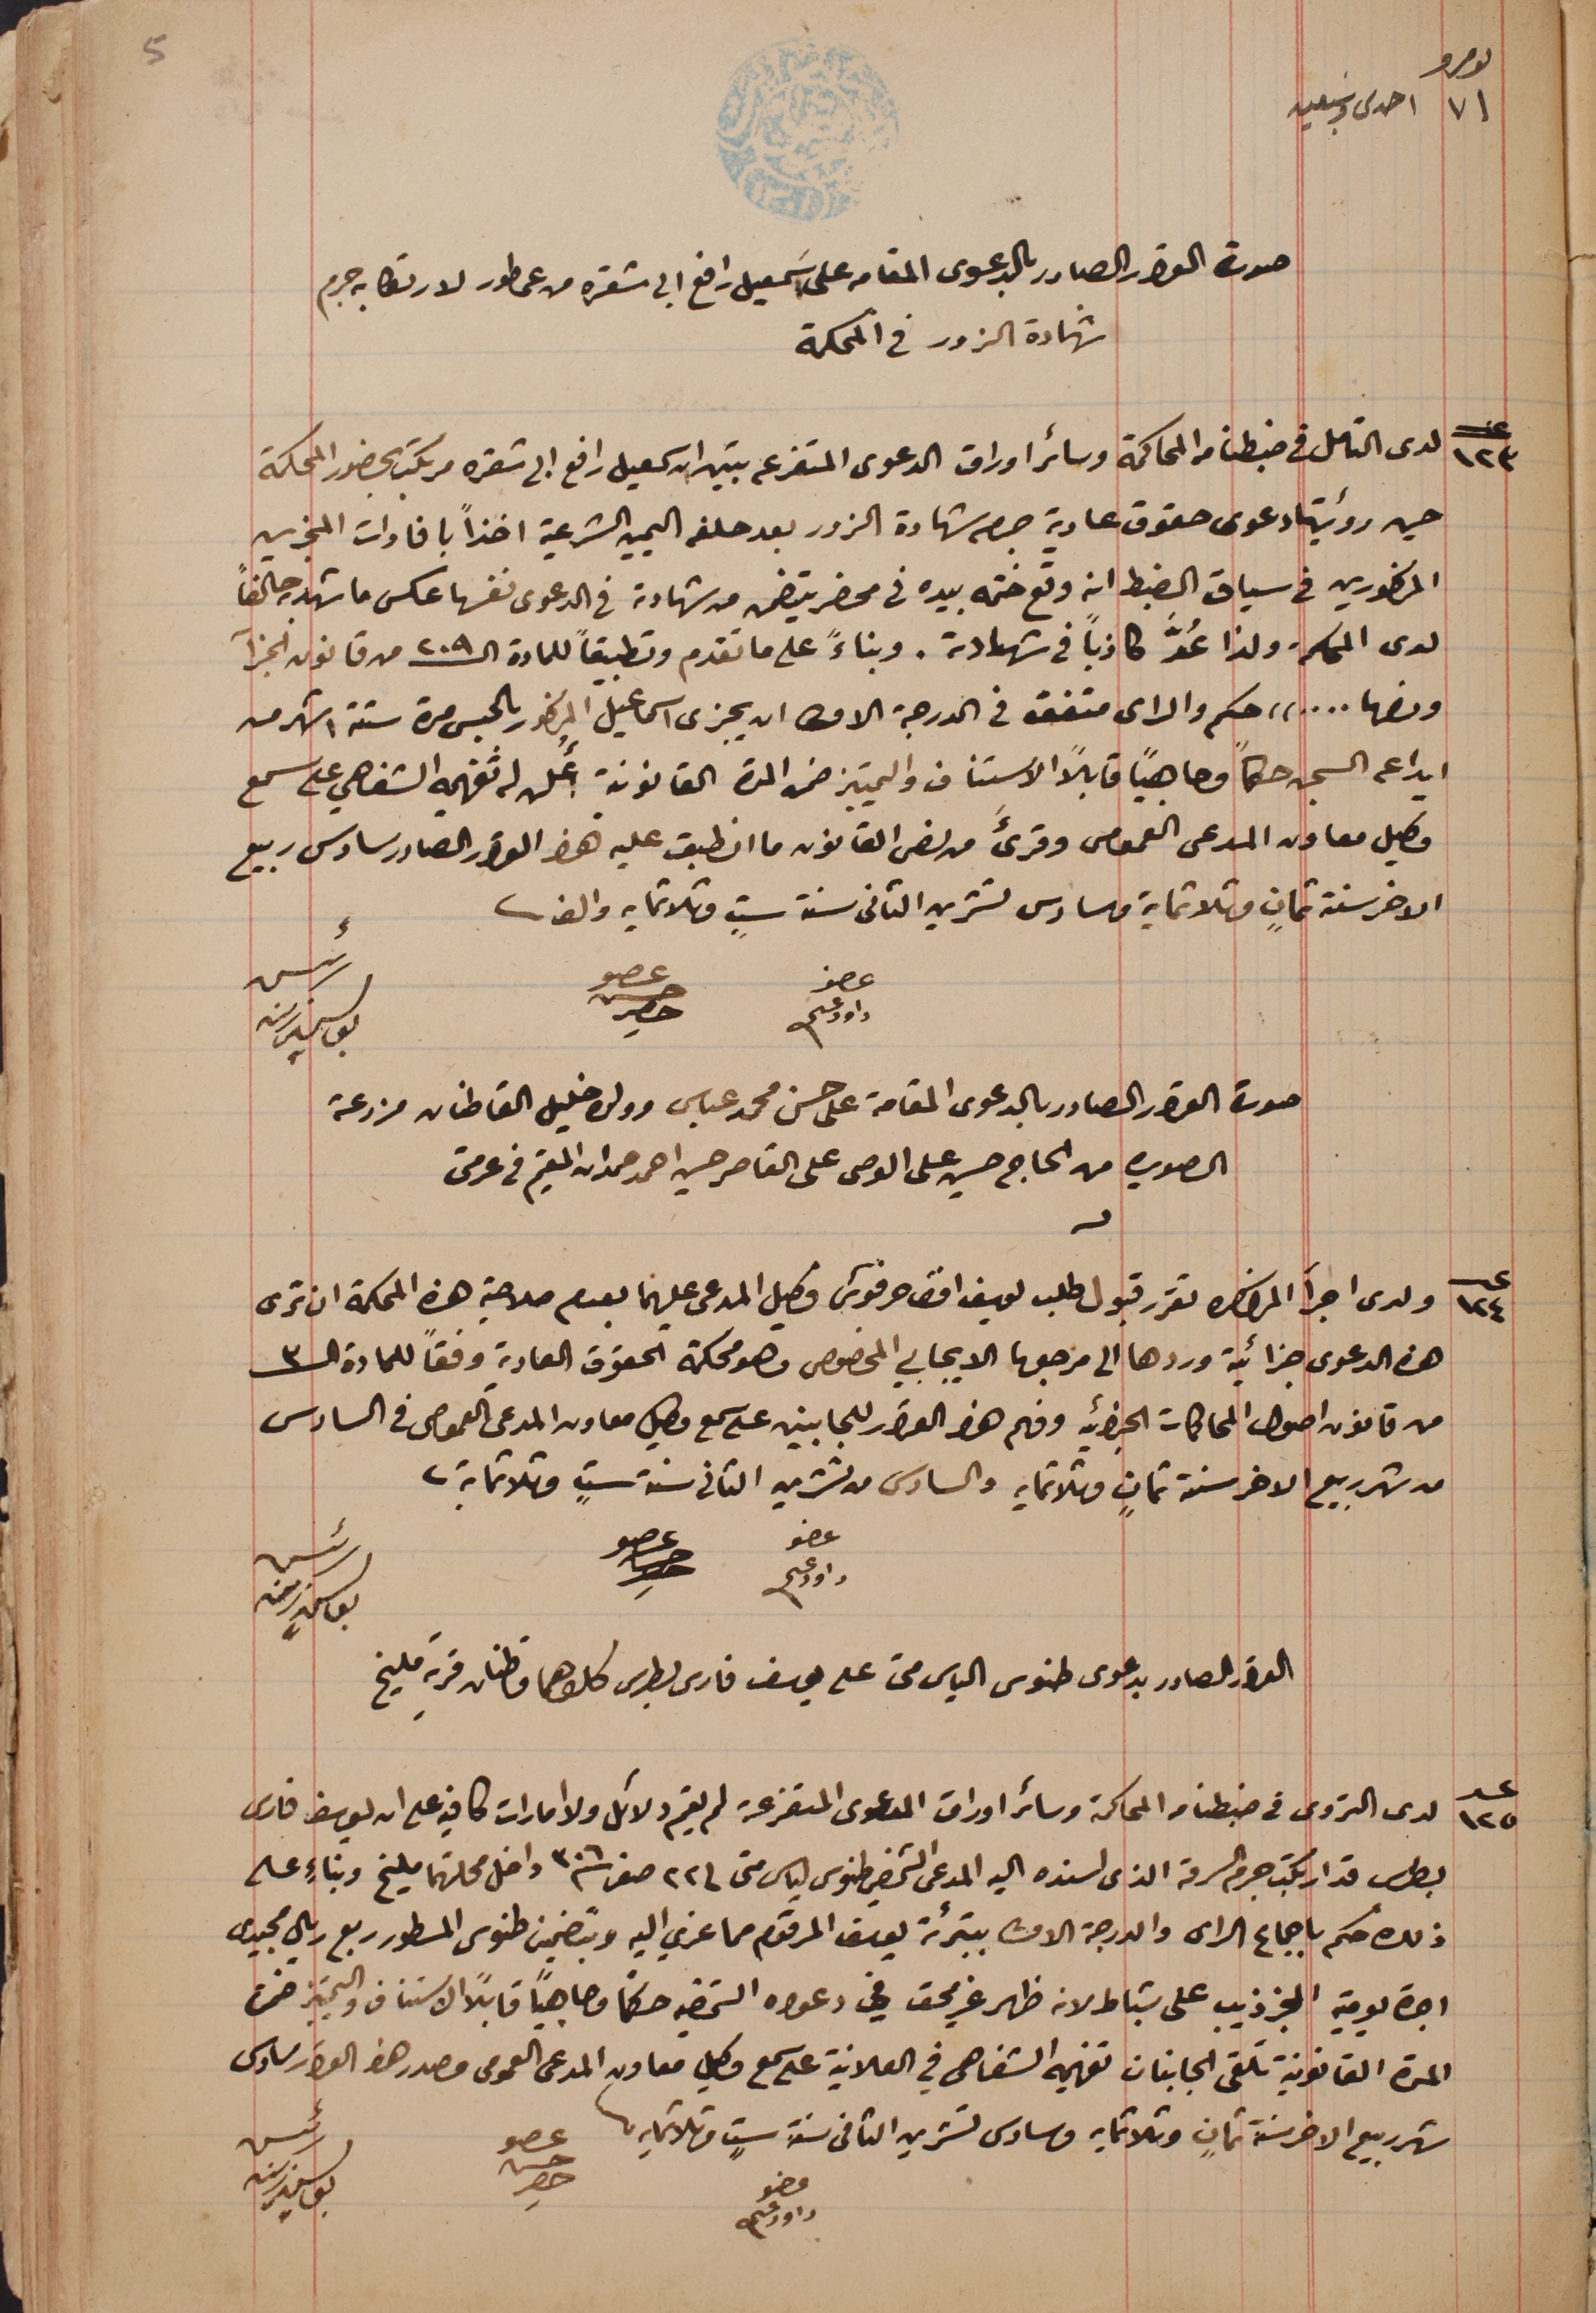
نمرو ٧١ احدى وسبعين
صورة القرار الصادر بالدعوى المقامه على اسَمعيل رافع ابي شقره من عمطور لارتكابه جرم
شهادة الزور فى المحكمة
عدد ١٢٣ لدى التامل فى ضبطنا من المحاكمة وسائر اوراق الدعوى المفرعه تبين ان سمعيل رافع ابى شقره مرتكب بحضور المحكمة
حين رؤيته دعوى حقوق عادية جرم شهادة الزور بعد حلفه اليمين الشرعية اخذاً بافادات المجزين
المذكورين فى سياق الضبط انه وقع ختمه بيده فى محضر يتضمن من شهادته فى الدعوى نفسها عكس ما شهد به حالفاً
لدى المحكمة ولذا عُدَّ كاذباً فى شهادته. وبناءً على ما تقدم وتطبيقاً للمادة الـ ٢٠٩ من قانون الجزآ
ومنها ...." حكم والراى متفق فى الدرجة الاولى  ان يجزى اسماعيل المذكور بالحبس مدة ستة اشهر من
ايداعه السجن حكماُ وجاهياً قابلاً الاستناف والتمييز ضمن المدة القانونية أُعلن له تفهيمه الشفاهي على سمع
وكيل معاون المدعى العمومى وقرىءَ من نص القانون ما انطبق عليه هذا القرار الصادر سادس ربيع
الاخر سنة ثمانٍ وثلاثماية وسادس تشرين الثانى سنة ستٍ وثلاثمايه والف.
عضو داود عسى
رئيس يوسف زينه
صورة القرار الصادر بالدعوى المقامة على حسن محمد عباس وولده خليل القاطنان مزرعة
الصويره من الحاج حسين على الوصى على القاصر حسين احمد حمدان المقيم فى عرمتى
عـدد ١٢٤  ولدى اجرآ المذاكره تقرر قبول طلب يوسف افق حرفوش وكيل المدعى عليهما بعدم صلاحية هذه المحكمة ان ترى
هذه الدعوى جزائية وردها الى مرجعها الايجابي المخصوص وهو محكمة الحقوق العادية وفقاً للمادة الـ٣
من قانون اصول المحاكمات الجزائيه وفهم هذا القرار للجانبين على سمع وكيل معاون المدعى العمومى فى السادس
من شهر ربيع الاخر سنة ثمانٍ وثلاثمايه والسادس من تشرين الثانى سنة ستٍ وثلاثماية.
عضو داود عسى
رئيس يوسف زينه
القرار الصادر بدعوى طنوس الياس متى على يوسف فارس بطرس كلاهما قاطنان قرية مليخ
عدد ١٢٥ لدى التروى في ضبطنا من المحاكمة وسائر اوراق الدعوى المتفرعة لم يقم دلائل ولا امارات كافيه على ان يوسف فارس
بطرس قد ارتكب جرم السرقه الذى اسنده اليه المدعى الشخصي طنوس لياس متى فى ٢٢ صفر سنة ٣٠٦ داخل محلتهما مليخ وبناءٍ على
ذلك حكم باجماع الراى والدرجة الاولى بتبرئة يوسف المرقوم مما عزي اليه وبتضمين طنوس المسطور ربع ريال مجيدى
اجرة يومية المجز ذيب على شباط لانه ظهر غير محق في دعواه الشخصيه حكماً وجاهياً قابلاً الاستناف والتمييز ضمن
المدة القانونية تلقى الجانبان تفهيمه الشفاهي في العلانية على سمع وكيل معاون المدعى العمومى مصدر هذا القرار سادس
شهر ربيع الاخر سنة ثمانٍ وثلاثمايه وسادس تشرين الثانى سنة ستٍ وثلاثمايه.
رئيس يوسف زينه
عضو داود عسى
عضو حسن حصِر
عضو حسن حصِر
عضو حسن حصِر
5